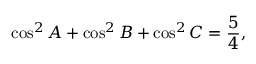
\cos ^ { 2 } A + \cos ^ { 2 } B + \cos ^ { 2 } C = { \frac { 5 } { 4 } } ,